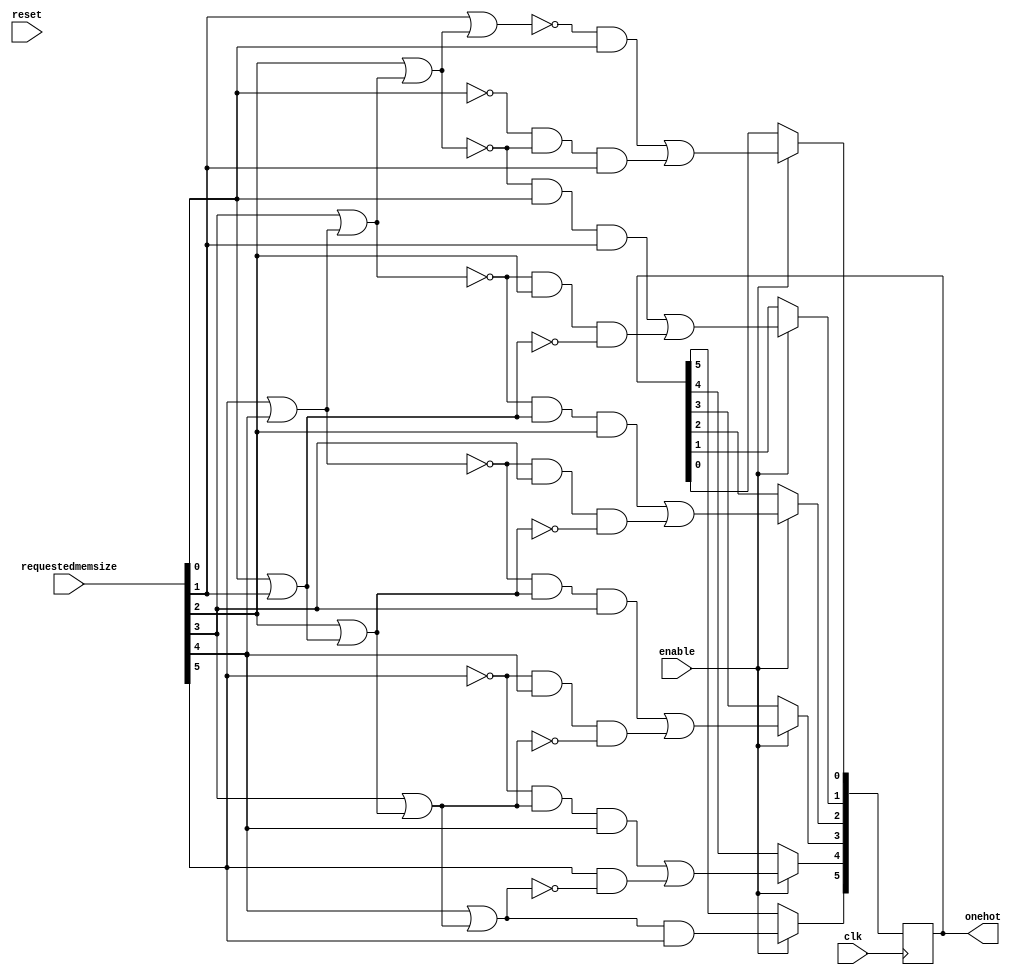
module addressgenerator(input [5:0] requestedmemsize, output [5:0] onehot,input enable,clk,reset);

wire w10,w11,w12,w13; //or gate tree reverse
wire w01,w02, w03,w04; //or gate tree forward

reg [5:0] addr;
assign w10=requestedmemsize[5] | requestedmemsize[4];
assign w11=requestedmemsize[3] | w10;
assign w12=requestedmemsize[2] | w11;
assign w13=requestedmemsize[1] | w12;

assign w00=requestedmemsize[0] | requestedmemsize[1];
assign w01=requestedmemsize[2] | w00;
assign w02=requestedmemsize[3] | w01;
assign w03=requestedmemsize[4] | w02;

always @(posedge clk)
begin
/*if(reset)
begin
addr[0]<=1;
addr[1]<=1;
addr[2]<=1;
addr[3]<=1;
addr[4]<=1;
addr[5]<=1;
end*/
if(enable)
begin
addr[0]<=(~ w13 & requestedmemsize[0] )| (~requestedmemsize[0] & ~ w12 & requestedmemsize[1]);
addr[1]<=(~w12 & requestedmemsize[0] &requestedmemsize[1]) | (~ w11 & requestedmemsize[2] & ~w00);
addr[2]<=(~w11 & w00 & requestedmemsize[2]) | (~w10 & requestedmemsize[3] & ~w01);
addr[3]<=(~w10 & w01 & requestedmemsize[3]) | (~requestedmemsize[5] & requestedmemsize[4] & ~w02);
addr[4]<=(~requestedmemsize[5] & w02 & requestedmemsize[4]) | (requestedmemsize[5] & ~w03);
addr[5]<=(w03 & requestedmemsize[5]) ;
end
end
assign onehot=addr;

//encoder en1(addr, blockaddress);


endmodule

/*module encoder(input [5:0] addr, output reg [2:0] blockaddress,input en);
always @(*)
if(en)
case(addr)
1: blockaddress<=3'b000;
2: blockaddress<=3'b001;
4: blockaddress<=3'b010;
8: blockaddress<=3'b011;
16: blockaddress<=3'b100;
32: blockaddress<=3'b101;
default: blockaddress<=3'bzzz;
endcase
endmodule*/